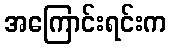
အကြောင်းရင်းက